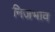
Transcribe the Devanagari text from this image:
निजभाव